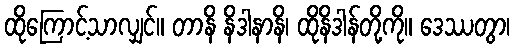
ထိုကြောင့်သာလျှင်။ တာနိ နိဒါနာနိ၊ ထိုနိဒါန်တို့ကို။ ဒေဿတွာ၊